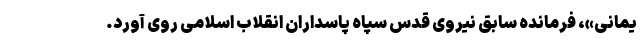
یمانی»، فرمانده سابق نیروی قدس سپاه پاسداران انقلاب اسلامی روی آورد.